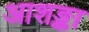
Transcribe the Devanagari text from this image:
आशङ्का